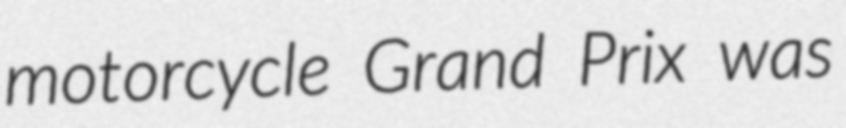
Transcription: motorcycle Grand Prix was